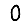
Digit: 0